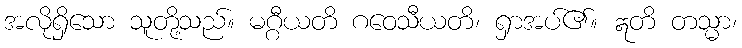
အလိုရှိသော သူတို့သည်။ မဂ္ဂီယတိ ဂဝေသီယတိ၊ ရှာအပ်၏။ ဣတိ တသ္မာ၊